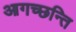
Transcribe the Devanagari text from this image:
आगच्छन्ति